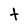
Character: t